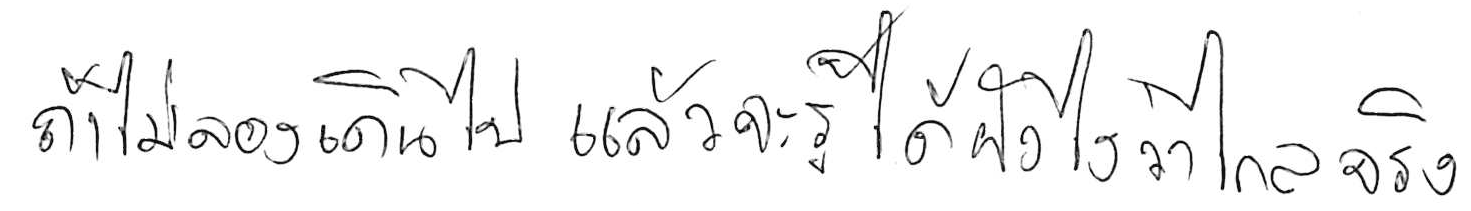
ถ้าไม่ลองเดินไป แล้วจะรู้ได้ยังไงว่าไกลจริง